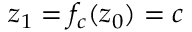
z _ { 1 } = f _ { c } ( z _ { 0 } ) = c